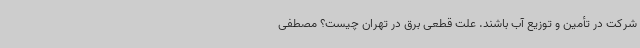
شرکت در تأمین و توزیع آب باشند. علت قطعی برق در تهران چیست؟ مصطفی